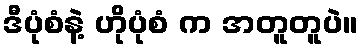
ဒီပုံစံနဲ့ ဟိုပုံစံ က အတူတူပဲ။